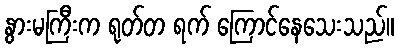
နွားမကြီးက ရုတ်တ ရက် ကြောင်နေသေးသည်။